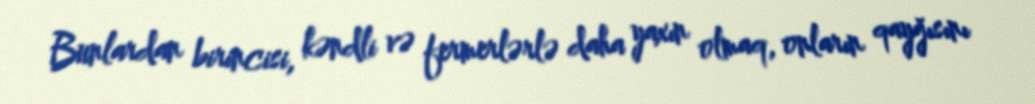
Bunlardan birincisi, kəndli və fermerlərlə daha yaxın olmaq, onların qayğısını